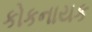
કોકનાયક